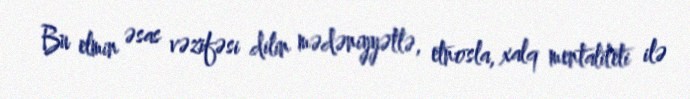
Bu elmin əsas vəzifəsi dilin mədəniyyətlə, etnosla, xalq mentaliteti ilə